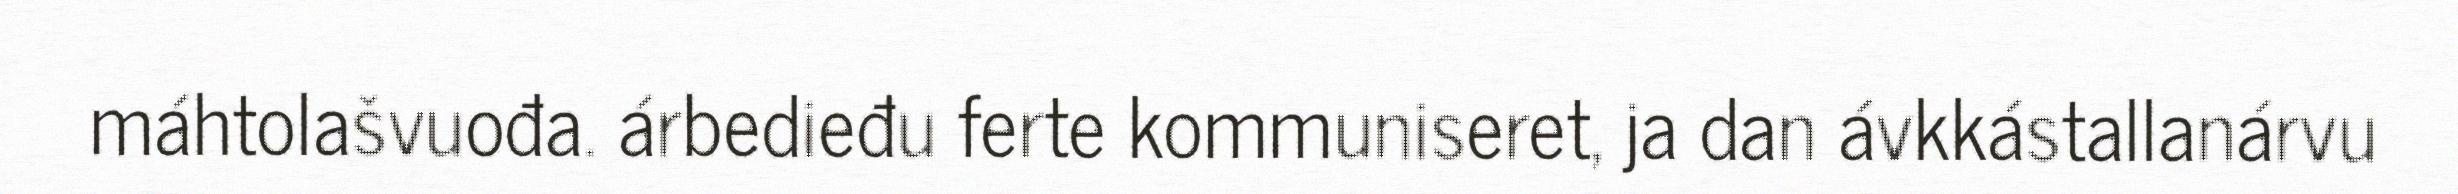
máhtolašvuođa. árbedieđu ferte kommuniseret, ja dan ávkkástallanárvu